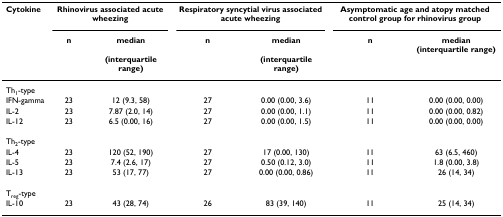
<table><thead><tr><td><b>Cytokine</b></td><td colspan="2"><b>Rhinovirus associated acute wheezing</b></td><td colspan="2"><b>Respiratory syncytial virus associated acute wheezing</b></td><td colspan="2"><b>Asymptomatic age and atopy matched control group for rhinovirus group</b></td></tr><tr><td></td><td><b>n</b></td><td><b>median(interquartile range)</b></td><td><b>n</b></td><td><b>median(interquartile range)</b></td><td><b>n</b></td><td><b>median(interquartile range)</b></td></tr></thead><tbody><tr><td>Th<sub>1</sub>-type</td><td></td><td></td><td></td><td></td><td></td><td></td></tr><tr><td>IFN-gamma</td><td>23</td><td>12 (9.3, 58)</td><td>27</td><td>0.00 (0.00, 3.6)</td><td>11</td><td>0.00 (0.00, 0.00)</td></tr><tr><td>IL-2</td><td>23</td><td>7.87 (2.0, 14)</td><td>27</td><td>0.00 (0.00, 1.1)</td><td>11</td><td>0.00 (0.00, 0.82)</td></tr><tr><td>IL-12</td><td>23</td><td>6.5 (0.00, 16)</td><td>27</td><td>0.00 (0.00, 1.5)</td><td>11</td><td>0.00 (0.00, 0.00)</td></tr><tr><td>Th<sub>2</sub>-type</td><td></td><td></td><td></td><td></td><td></td><td></td></tr><tr><td>IL-4</td><td>23</td><td>120 (52, 190)</td><td>27</td><td>17 (0.00, 130)</td><td>11</td><td>63 (6.5, 460)</td></tr><tr><td>IL-5</td><td>23</td><td>7.4 (2.6, 17)</td><td>27</td><td>0.50 (0.12, 3.0)</td><td>11</td><td>1.8 (0.00, 3.8)</td></tr><tr><td>IL-13</td><td>23</td><td>53 (17, 77)</td><td>27</td><td>0.00 (0.00, 0.86)</td><td>11</td><td>26 (14, 34)</td></tr><tr><td>T<sub>reg</sub>-type</td><td></td><td></td><td></td><td></td><td></td><td></td></tr><tr><td>IL-10</td><td>23</td><td>43 (28, 74)</td><td>26</td><td>83 (39, 140)</td><td>11</td><td>25 (14, 34)</td></tr></tbody></table>